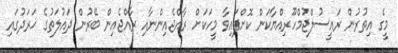
މީގެ އިތުރުން ރައީސުލްޖުމްހޫރިއްޔާކަން ކޮށްފައިވާ މީހަކަށް ރާއްޖެއިންނާއި ރާއްޖެއިން ބޭރުން ދައުލަތުގެ ޚަރަދުގައި